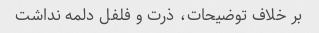
بر خلاف توضیحات، ذرت و فلفل دلمه نداشت